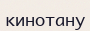
кинотану